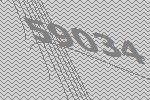
59034